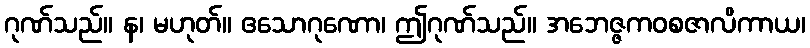
ဂုဏ်သည်။ န၊ မဟုတ်။ ဧသောဂုဏော၊ ဤဂုဏ်သည်။ အဘေဇ္ဇကဝစဇာလိကာယ၊